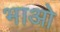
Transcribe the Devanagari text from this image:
भाओ